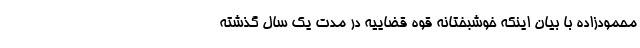
محمودزاده با بیان اینکه خوشبختانه قوه قضاییه در مدت یک سال گذشته